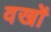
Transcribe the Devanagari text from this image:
वखों